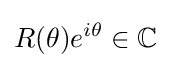
R(\theta )e^{i\theta }\in \mathbb {C}